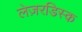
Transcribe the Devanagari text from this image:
लेज़रडिस्क